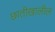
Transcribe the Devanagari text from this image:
छातीखालील